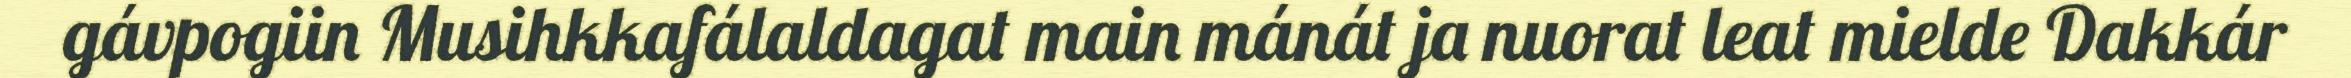
gávpogiin Musihkkafálaldagat main mánát ja nuorat leat mielde Dakkár